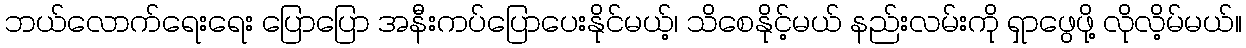
ဘယ်လောက်ရေးရေး ပြောပြော အနီးကပ်ပြောပေးနိုင်မယ့်၊ သိစေနိုင့်မယ် နည်းလမ်းကို ရှာဖွေဖို့ လိုလိ့မ်မယ်။